Vaccination in Bombay 1924-1928 - 1924-1928
Year: 1924
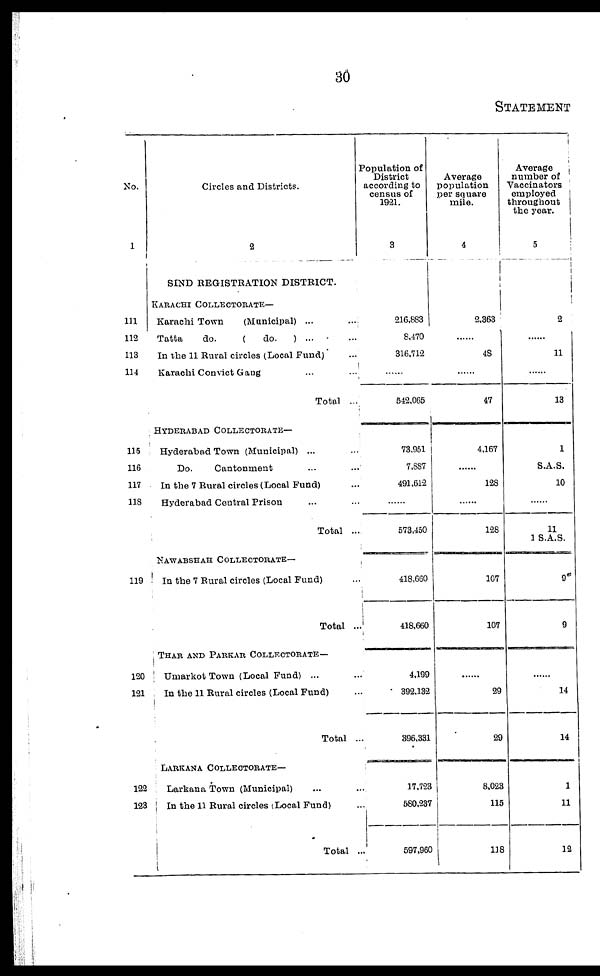
30
STATEMENT
No.
1
111
112
113
114
115
116
117
118
119
120
121
122
123
Circles and Districts.
2
SIND REGISTRATION DISTRICT.
KARACHI COLLECTORATE—
Karachi Town
(Municipal) ... ...
Tatta
do.
(
do.
) ... ...
In the 11 Rural circles (Local Fund) ...
Karachi Convict Gang ... ...
Total ...
HYDERABAD COLLECTORATE—
Hyderabad Town (Municipal) ... ...
Do.
Cantonment ... ...
In the 7 Rural circles (Local Fund) ...
Hyderabad Central Prison ... ...
Total ...
NAWABSHAH COLLECTORATE—
In the 7 Rural circles (Local Fund) ...
Total ...
THAR AND PARKAR COLLECTORATE—
Umarkot Town (Local Fund) ... ...
In
the 11 Rural circles (Local Fund) ...
Total ...
LARKANA COLLECTORATE—
Larkana Town (Municipal) ... ...
In the 11 Rural circles (Local Fund) ...
Total ...
Population of
District
according to
census of
1921.
3
216,883
8,470
316,712
......
542,065
73,951
7,887
491,612
......
573,450
418,660
418,660
4,199
392,132
396,331
17,723
580,237
597,960
Average
population
per square
mile.
4
2,363
......
48
......
47
4,167
......
128
......
128
107
107
......
29
29
8,023
115
118
Average
number of
Vaccinators
employed
throughout
the year.
5
2
......
11
......
13
1
S.A.S.
10
......
11
1 S.A.S.
9
9
......
14
14
1
11
12